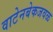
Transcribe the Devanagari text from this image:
वाटेनबेकजवळ